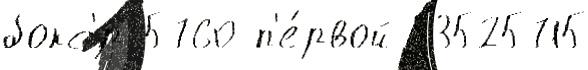
бокс'́р 5760 п'е́рвой 53525715